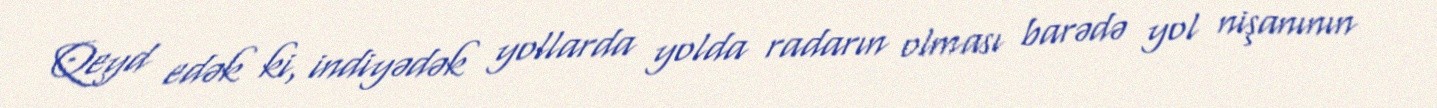
Qeyd edək ki, indiyədək yollarda yolda radarın olması barədə yol nişanının